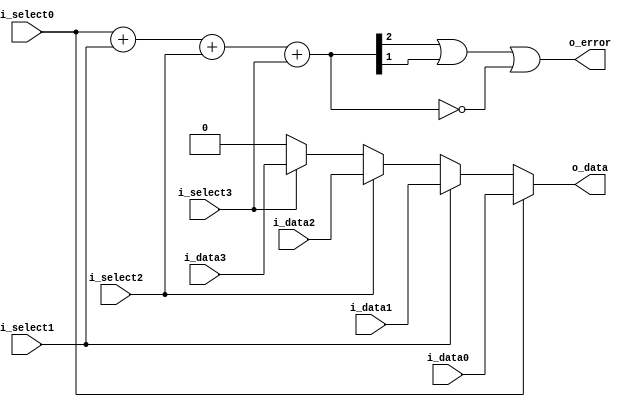
module Multiplexer4(
    i_data0,
    i_data1,
    i_data2,
    i_data3,
    i_select0,
    i_select1,
    i_select2,
    i_select3,
    o_data,
    o_error);
  parameter width = 1;

  input  [width - 1:0] i_data0;
  input  [width - 1:0] i_data1;
  input  [width - 1:0] i_data2;
  input  [width - 1:0] i_data3;
  input                i_select0;
  input                i_select1;
  input                i_select2;
  input                i_select3;

  output [width - 1:0] o_data;
  output               o_error;

  wire   [        2:0] w_sum;

  assign o_data  = i_select0 ? i_data0 :
                   i_select1 ? i_data1 :
                   i_select2 ? i_data2 :
                   i_select3 ? i_data3 : 0;
  assign w_sum   = i_select0 + i_select1 + i_select2 + i_select3;
  assign o_error = w_sum[2] | w_sum[1] | (w_sum == 3'h0);
endmodule